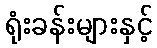
ရုံးခန်းများနှင့်